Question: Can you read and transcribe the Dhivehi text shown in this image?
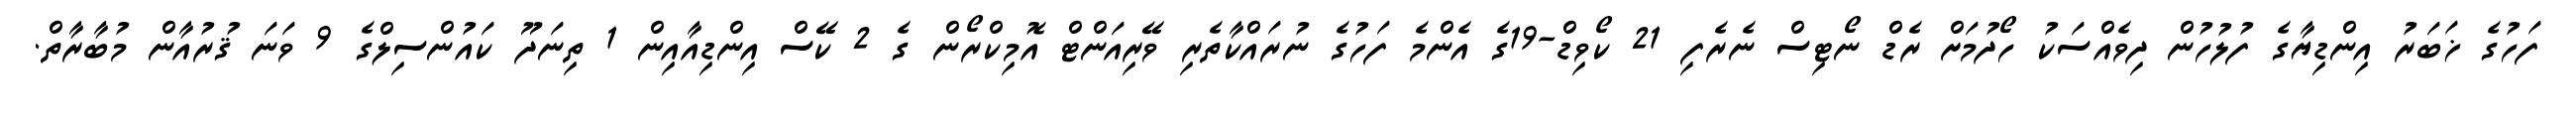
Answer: ފަހުގެ ޚަބަރު އިންޑިޔާގެ ފުލުހުން ދިވެއްސަކު ހޯދުމަށް ރެޑް ނޯޓިސް ނެރެފި 21 ކޯވިޑް-19ގެ އެންމެ ފަހުގެ ނުރައްކާތެރި ވޭރިއަންޓް އޮމިކްރޯން ގެ 2 ކޭސް އިންޑިއާއިން 1 ތިނަދޫ ކައުންސިލްގެ 9 ވަނަ ޤުރުއާން މުބާރާތް.